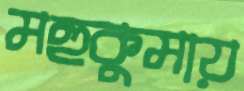
মহুকুমায়